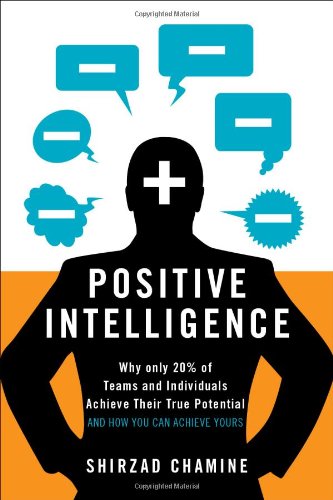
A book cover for Positive Intelligence: Why Only 20% of Teams and Individuals Achieve Their True Potential AND HOW YOU CAN ACHIEVE YOURS; Shirzad Chamine; Business & Money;